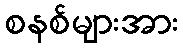
စနစ်များအား